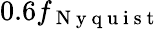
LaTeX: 0.6f_{\mathrm{~N~y~q~u~i~s~t~}}